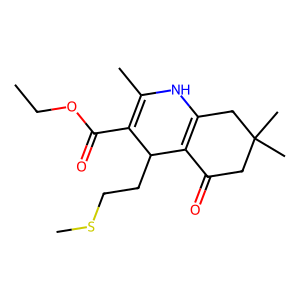
SMILES: CCOC(=O)C1=C(C)NC2=C(C(=O)CC(C)(C)C2)C1CCSC
Inhibits HIV replication: No